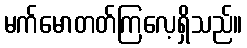
မက်မောတတ်ကြလေ့ရှိသည်။